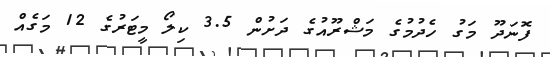
ފޮނަދޫ މަގު ހެދުމުގެ މަޝްރޫއުގެ ދަށުން 3.5 ކިލޯ މީޓަރުގެ 12 މަގެއް